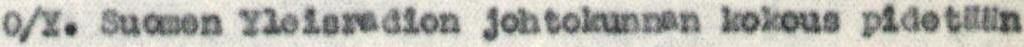
O/Y. Suomen Yleisradion johtokunnan kokous pidetään